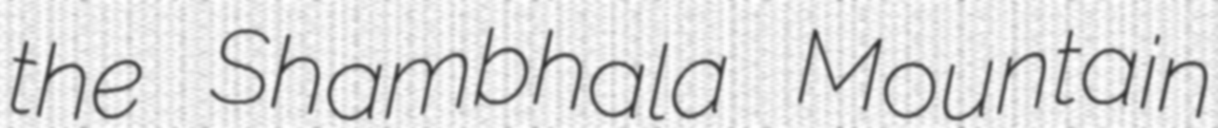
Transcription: the Shambhala Mountain